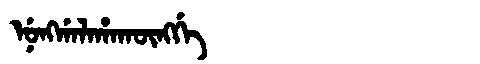
Manchu: ᠨᡠᠩᡤᠠᠯᠠᡥᠠᡴᡡᠩᡤᡝ
Romanization: NUNGGALAHAKŪNGGE